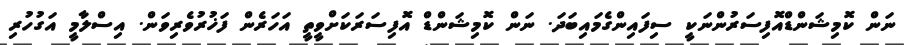
ނަން ކޮމިޝަންޑްއޮފިސަރުންނަކީ ސިފައިންގެމައިބަދަ. ނަން ކޮމިޝަންޑް އޮފިސަރަކަށްވީތީ އަހަރެން ފަޚުރުވެރިވަން. އިސްލާމީ އަގުހުރި